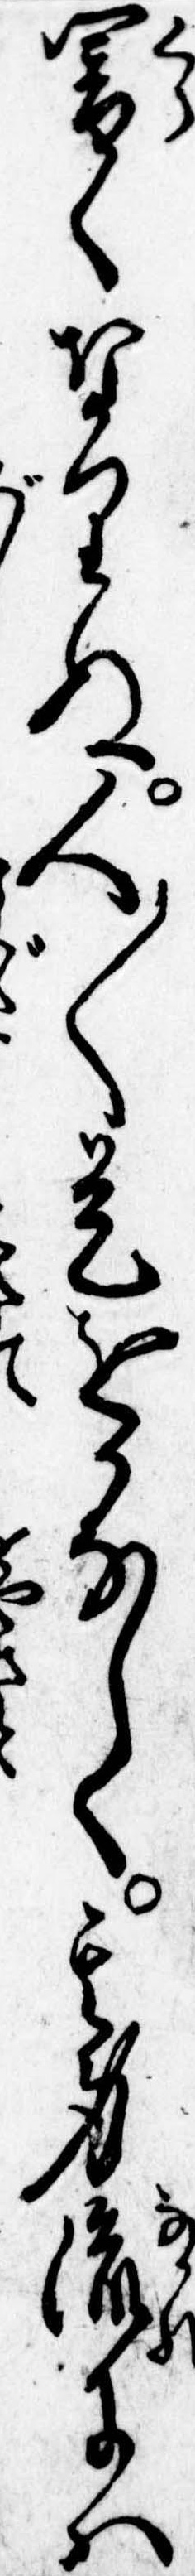
闇くなりぬ人〱是をかなしく其身流には